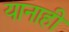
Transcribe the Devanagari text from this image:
यानाही